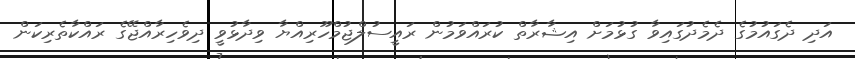
އަދި ދެގައުމުގެ ދެމެދުގައިވާ ގުޅުމަށް އިޝާރާތް ކުރައްވަމުން ރައީސުލްޖުމްހޫރިއްޔާ ވިދާޅުވީ ދިވެހިރާއްޖޭގެ ރައްކާތެރިކަން